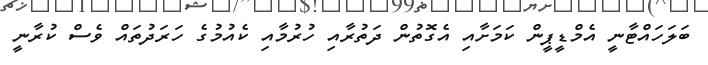
ބަލަހައްޓާނީ އެމްޑީޕީން ކަމަށާއި އެގޮތުން ދަތުރާއި ހުރުމާއި ކެއުމުގެ ހަރަދުތައް ވެސް ކުރާނީ